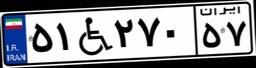
۵۱W۲۷۰۵۷